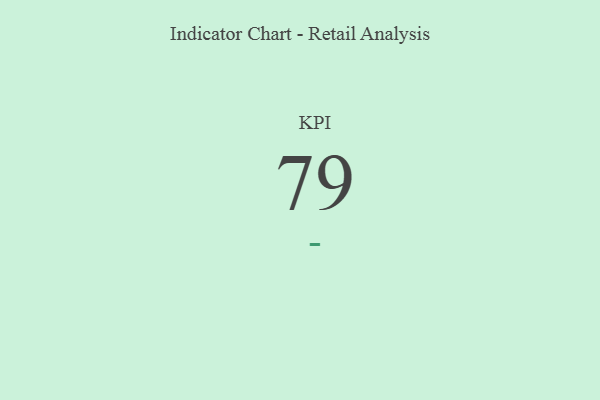
{"axis": {"x": "KPI", "y": "Value"}, "legend": [""], "data": [{"x": "KPI", "y": 79, "type": ""}]}